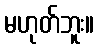
မဟုတ်ဘူး။